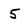
Character: 5